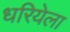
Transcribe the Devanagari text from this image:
धरियेला